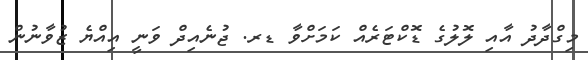
މިގްދާދު އާއި ލޮލުގެ ޑޮކްޓަރެއް ކަމަށްވާ ޑރ. ޖުނެއިދް ވަނީ އިއްޔެ ޒުވާނުން